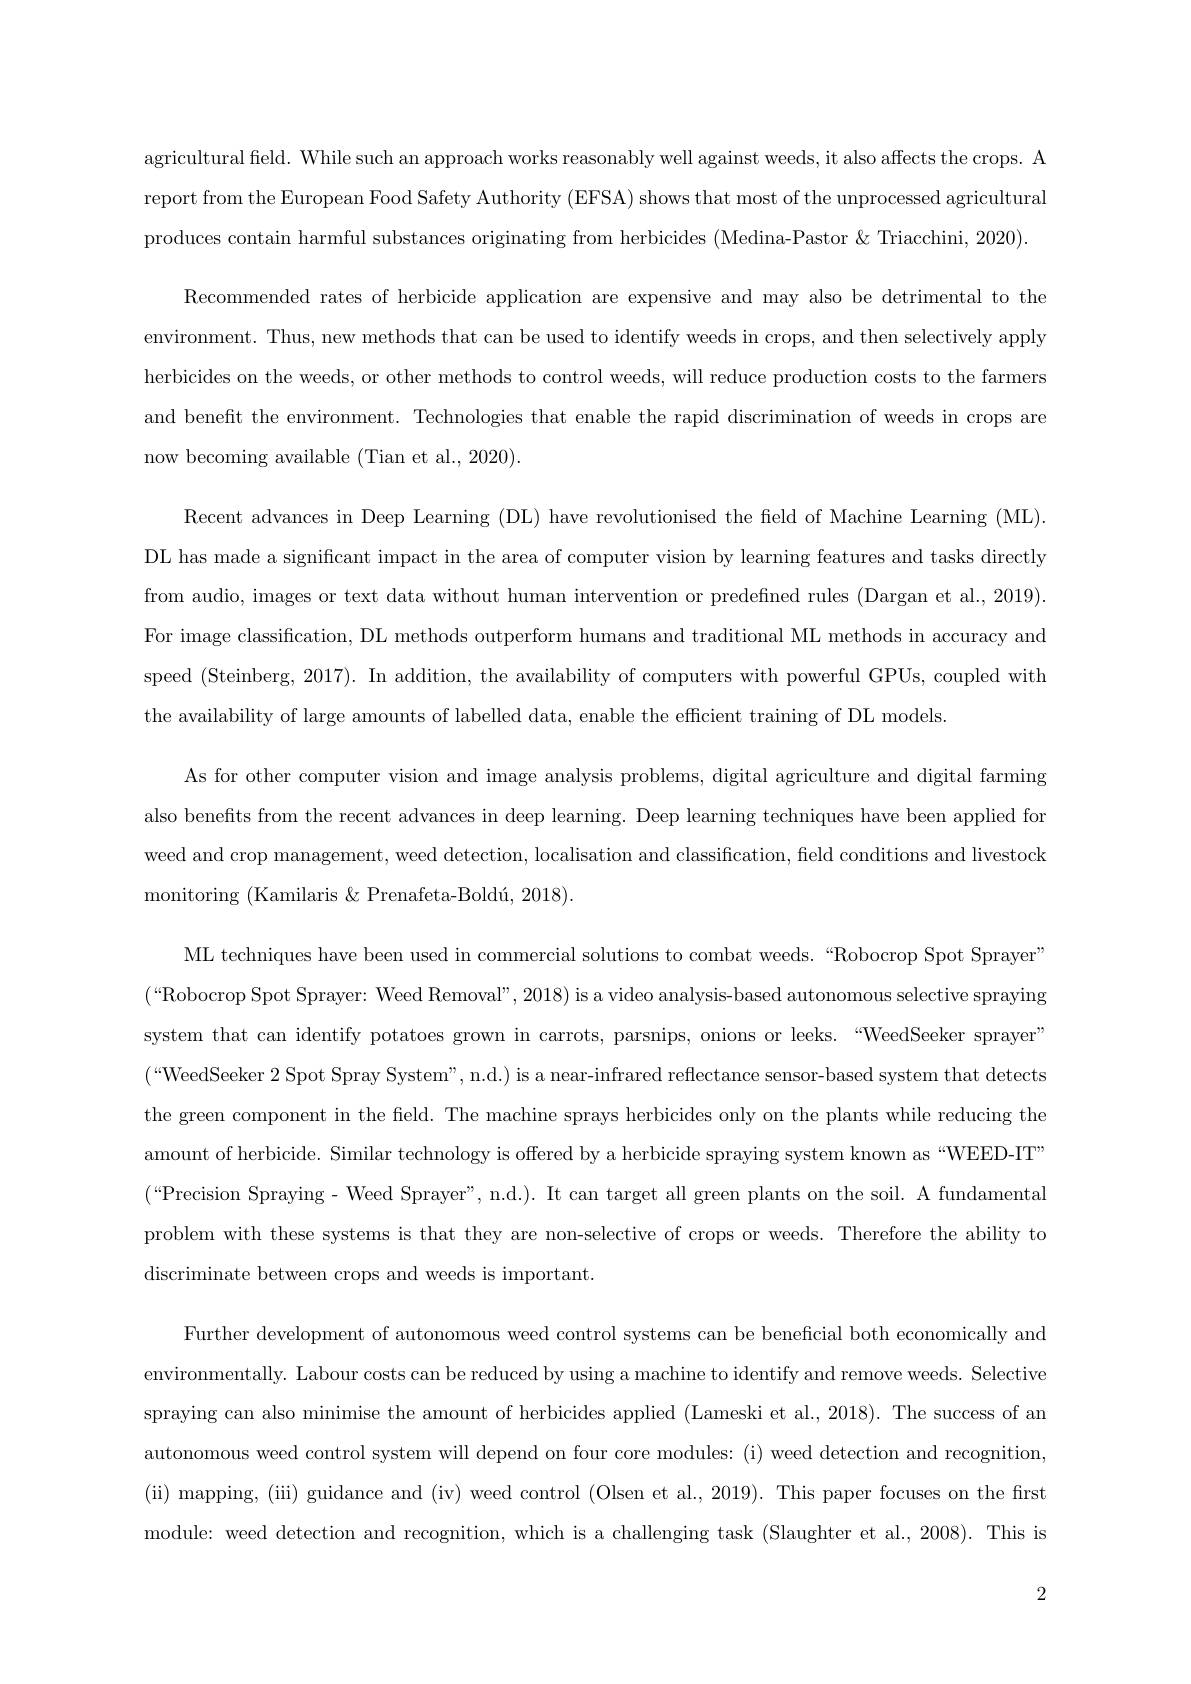
agricultural feld. While such an approach works reasonably well against weeds, it also affects the crops. A report from the European Food Safety Authority (EFSA) shows that most of the unprocessed agricultural produces contain harmful sub
Recommended rates of herbicide application are expensive and may also be detrimental to the environment. Thus, new methods that can be used to identify weeds in crops, and then selectively apply herbicides on the weeds, or and beneft the environment. Technologies that enable the rapid discrimination of weeds in crops are now becoming available (Tian et al., 2020).
Recent advances in Deep Learning (DL) have revolutionised the feld of Machine Learning (ML). DL has made a significant impact in the area of computer vision by learning features and tasks directly from audio, images or text data without human intervention or predefned rules (Dargan et al., 2019). For image classification, DL methods outperform humans and traditional ML methods in accuracy and speed (Steinberg, 2017). In addition, the availability of computers with powerful GPUs, coupled with the availability of large amounts of labelled data, enable the efficient training of DL models
As for other computer vision and image analysis problems, digital agriculture and digital farming also benefts from the recent advances in deep learning. Deep learning techniques have been applied for weed and crop management, we monitoring (Kamilaris $\&$ Prenafeta-Boldú, 2018)
ML techniques have been used in commercial solutions to combat weeds.“Robocrop Spot Sprayer” (“Robocrop Spot Sprayer: Weed Removal", 2018) is a video analysis-based autonomous selective spraying system that can identify potatoes grown in carrots, parsnips, onions or leeks.“WeedSeeker sprayer” (“WeedSeeker 2 Spot Spray System", n.d.) is a near-infrared reflectance sensor-based system that detects the green component in the feld. The machine sprays herbicides only on the plants while reducing the amount of herbicide. Similar technology is offered by a herbicide spraying system known as “WEED-IT” $(“$Precision Spraying- Weed Sprayer", n.d.). It can target all green plants on the soil. A fundamental problem with these systems is that they are non-selective of crops or weeds. Therefore the ability to discriminate between crops and weeds is important.
Further development of autonomous weed control systems can be beneficial both economically and environmentally. Labour cost spraying can also minimise t autonomous weed control system will depend on four core modules: (i) weed detection and recognition, (ii) mapping, (iii) guidance and (iv) weed control (Olsen et al., 2019). This paper focuses on the first module: weed detection and recognition, which is a challenging task (Slaughter et al., 2008). This is

2